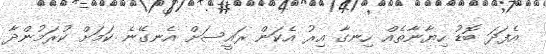
އެފަދަ ބޮޑު ހިޔާނާތެއް ހިނގާ އިރު އެކަން ރައީސަށް އެނގޭނެ ކަމަށް ކުރަމުންދާ